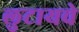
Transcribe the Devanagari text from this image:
लुटायचे